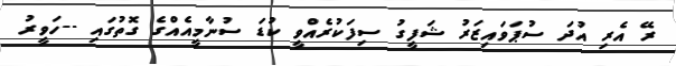
ރޭ އެރި އުދަ ސުޕަވައިޒަރު ޝަފީގު ސިފަކުރެއްވީ ކުޑަ ސުނާމީއެއްގެ ގޮތުގައި --ހަވީރު